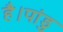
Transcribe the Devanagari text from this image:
है।पांडु